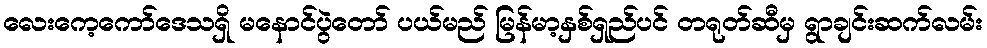
လေးကေ့ကော်ဒေသရှိ မနောင်ပွဲတော် ပယ်မည် မြန်မာ့နှစ်ရှည်ပင် တရုတ်ဆီမှ ရွာချင်းဆက်လမ်း